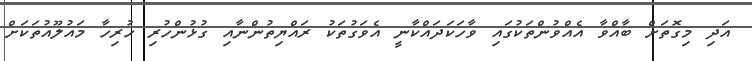
އަދި މިގޮތަށް ބާއްވާ އެއްވުންތަކުގައި ވާހަކަދައްކާނީ އެވަގުތަކު ރައްޔިތުންނާއި ގުޅުންހުރި ހުރިހާ މައުލޫއުތަކަށް